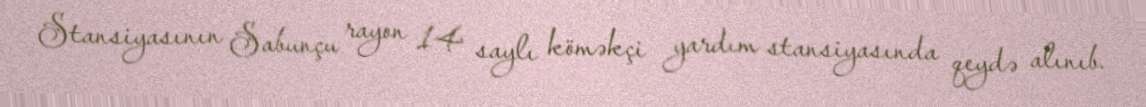
Stansiyasının Sabunçu rayon 14 saylı köməkçi yardım stansiyasında qeydə alınıb.